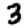
Digit: 3